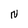
Character: N